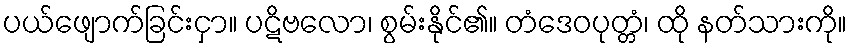
ပယ်ဖျောက်ခြင်းငှာ။ ပဋိဗလော၊ စွမ်းနိုင်၏။ တံဒေဝပုတ္တံ၊ ထို နတ်သားကို။